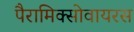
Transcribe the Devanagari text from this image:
पैरामिक्सोवायरस